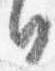
日